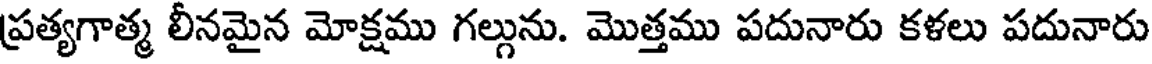
ప్రత్యగాత్మ లీనమైన మోక్షము గల్గును. మొత్తము పదునారు కళలు పదునారు